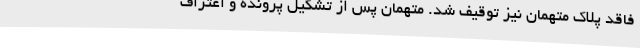
فاقد پلاک متهمان نیز توقیف شد. متهمان پس از تشکیل پرونده و اعتراف